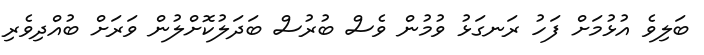
ބަލިވެ އުޅުމަށް ފަހު ރަނގަޅު ވުމުން ވެސް ބުރުސް ބަދަލުކޮށްލުން ވަރަށް ބުއްދިވެރި